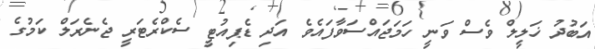
އަބުދު ޚަލީލް ވެސް ވަނީ ހަމަޖައްސަވާފައެވެ އަދި ޑެޕިއުޓީ ސެކްރެޓަރީ ޖެނެރަލް ކަމުގެ